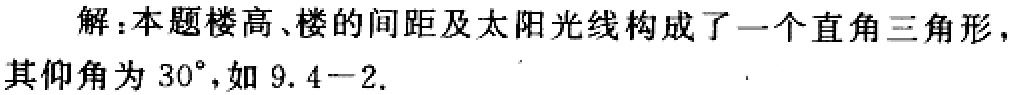
解：本题楼高、楼的间距及太阳光线构成了一个直角三角形，其仰角为 \(30^{\circ}\)，如 \(9.4 - 2\).